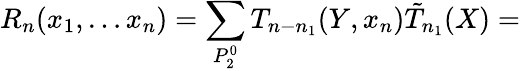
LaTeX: R_{n}(x_{1},\ldots x_{n})=\sum_{P_{2}^{0}}T_{n-n_{1}}(Y,x_{n})\tilde{T}_{n_{1}}(X)=